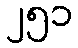
၂၅၁